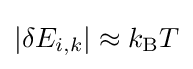
|\delta E_{i,k}|\approx k_{\rm {B}}T